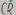
Text: C2